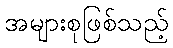
အများစုဖြစ်သည့်